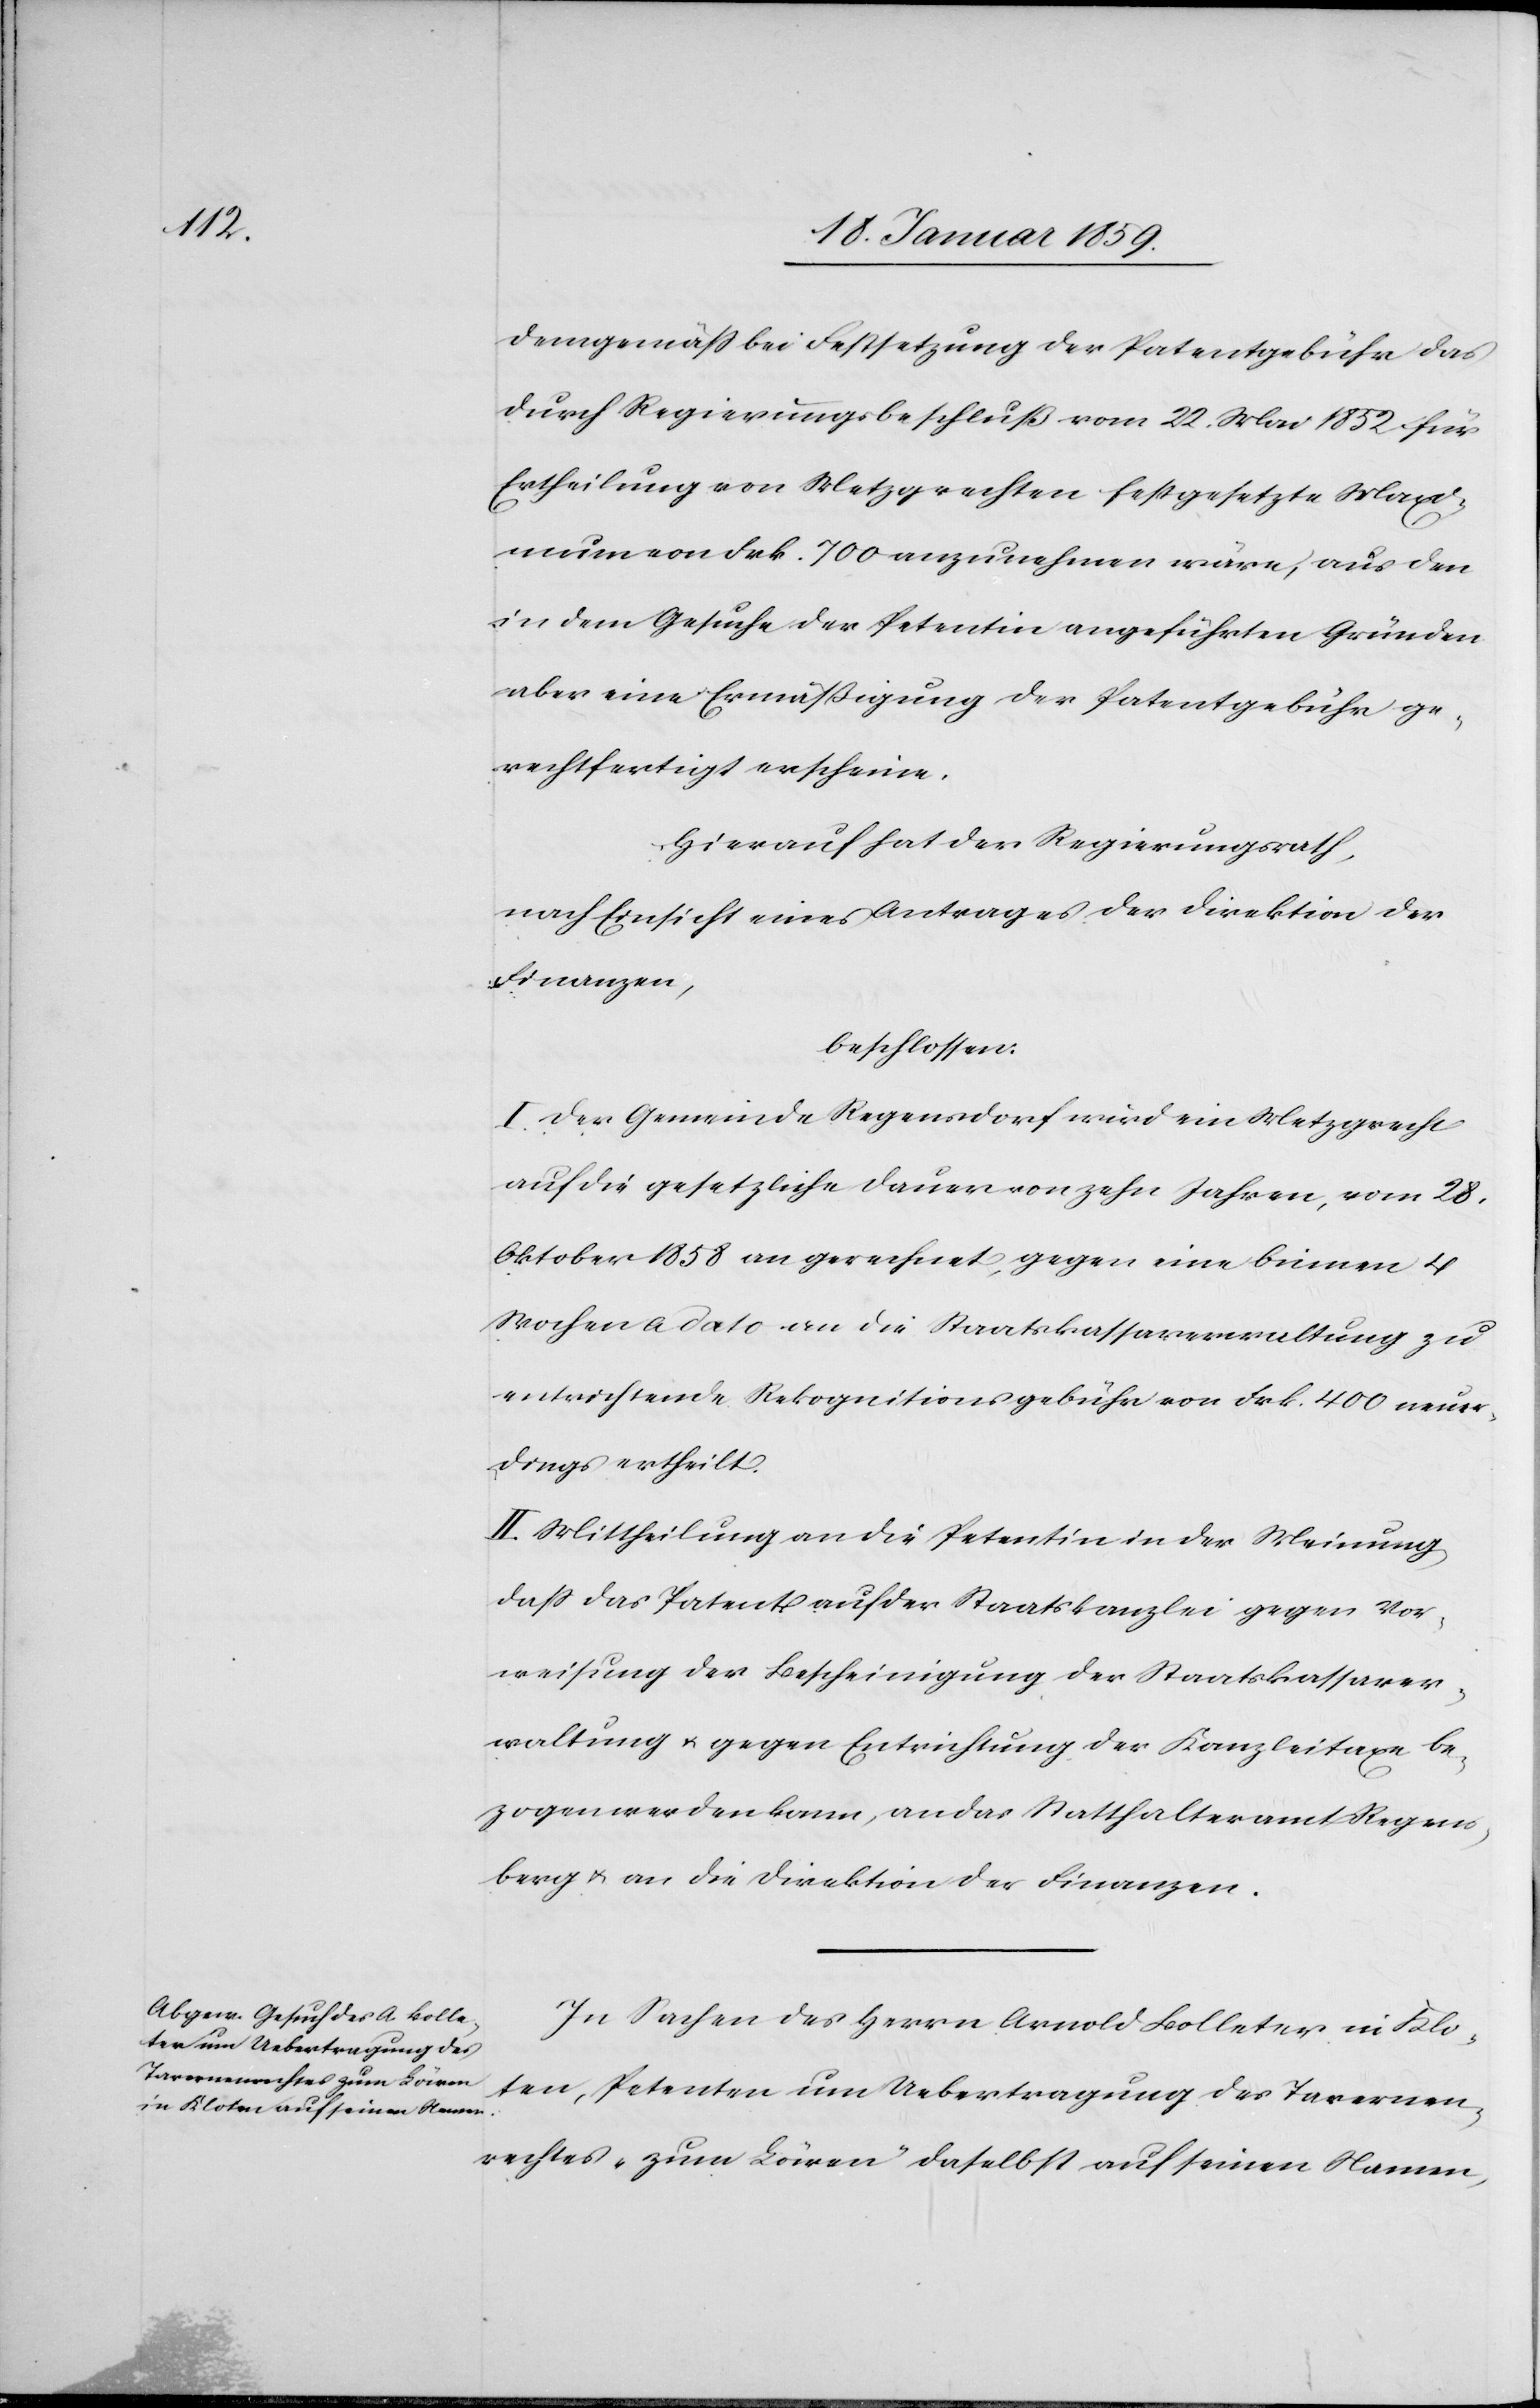
demgemäß bei Festsetzung der Patentgebühr das
durch Regierungsbeschluß vom 22. Mai 1852 für
Ertheilung von Metzgrechten festgesetzte Maxi¬
mum von Frk. 700 anzunehmen wäre, aus den
in dem Gesuche der Petentin angeführten Gründen
aber eine Ermäßigung der Patentgebühr ge¬
rechtfertigt erscheine.
Hierauf hat der Regierungsrath,
nach Einsicht eines Antrages der Direktion der
Finanzen,
beschlossen:
I. Der Gemeinde Regensdorf wird ein Metzgrecht
auf die gesetzliche Dauer von zehn Jahren, vom 28.
Oktober 1858 an gerechnet, gegen eine binnen 4
Wochen a dato an die Staatskassaverwaltung zu
entrichtende Rekognitionsgebühr von Frk. 400 neuer¬
dings ertheilt.
II. Mittheilung an die Petentin in der Meinung
daß das Patent auf der Staatskanzlei gegen Vor¬
weisung der Bescheinigung der Staatskassaver¬
waltung u. gegen Entrichtung der Kanzleitaxe be¬
zogen werden kann, an das Statthalteramt Regens¬
berg u. an die Direktion der Finanzen.
In Sachen des Herrn Arnold Bolleter in Klo¬
ten, Petenten um Uebertragung des Tavernen¬
rechtes „zum Löwen“ daselbst auf seinen Namen,